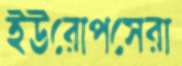
ইউরোপসেরা